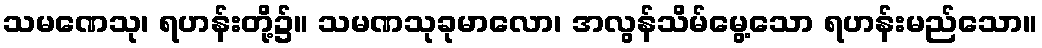
သမဏေသု၊ ရဟန်းတို့၌။ သမဏသုခုမာလော၊ အလွန်သိမ်မွေ့သော ရဟန်းမည်သော။